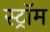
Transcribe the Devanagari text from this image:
स्ट्रॉम